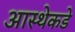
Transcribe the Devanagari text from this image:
आस्थेकडे